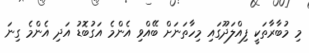
މި މުބާރާތަކީ ފިއްލަދޫގައި މިހާތަނަށް ބޭއްވި އެންމެ އަގުބޮޑު އަދި އެންމެ ގިނަ